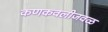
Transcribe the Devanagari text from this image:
कणकवलीजवळ